Civil Veterinary Dept. Bombay admin report 1900-1906 - 1900-1906
Year: 1900
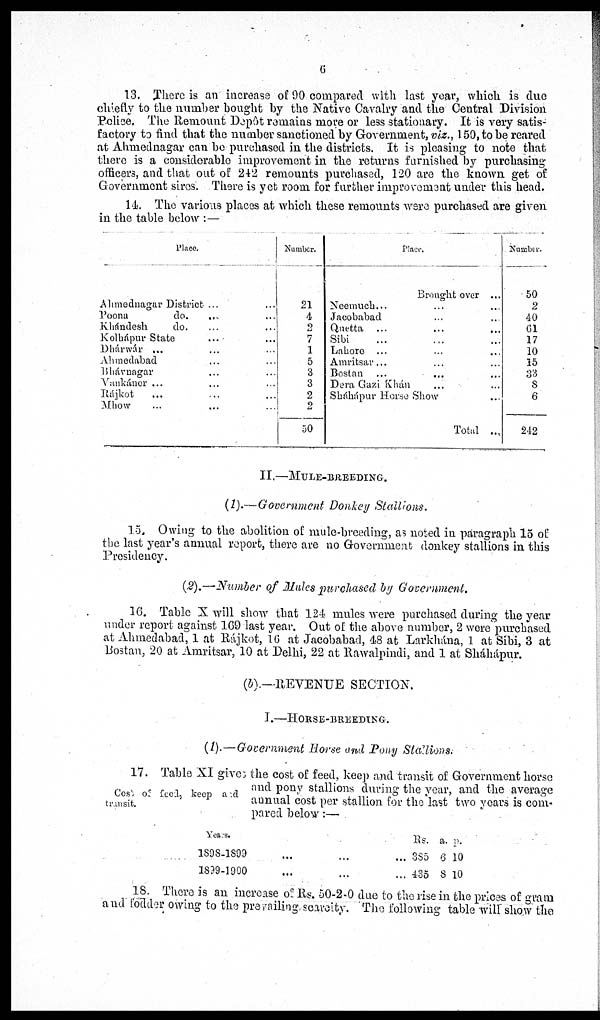
6
13. There is an increase of 90 compared with last year, which is due
chiefly to the number bought by the Native Cavalry and the Central Division
Police. The Remount Depôt remains more or less stationary. It is very satis-
factory to find that the number sanctioned by Government, viz., 150, to be reared
at Ahmednagar can be purchased in the districts. It is pleasing to note that
there is a considerable improvement in the returns furnished by purchasing
officers, and that out of 242 remounts purchased, 120 are the known get of
Government sires. There is yet room for further improvement under this head.
14. The various places at which these remounts were purchased are given
in the table below:—
Place.
Ahmednagar District ... ...
Poona
do. ... ...
Khándesh
do. ... ...
Kolhápur State ... ...
Dhárwár ... ... ...
Ahmedabad ... ...
Bhávnagar ... ...
Vankáner ... ... ...
Rájkot ... ... ...
Mhow ... ... ...
Number.
21
4
2
7
1
5
3
3
2
2
50
Place.
Brought over ...
Neemuch... ... ...
Jacobabad ... ...
Quetta ... ... ...
Sibi ... ... ...
Lahore ... ... ...
Amritsar... ... ...
Bostan ... ... ...
Dera Gazi Khán ... ...
Sháhápur Horse Show ...
Total ...
Number.
50
2
40
61
17
10
15
33
8
6
242
II.—MULE-BREEDING.
(1).—Government Donkey Stallions.
15. Owing to the abolition of mule-breeding, as noted in paragraph 15 of
the last year's annual report, there are no Government donkey stallions in this
Presidency.
(2).—Number of Mules purchased by Government.
16. Table X will show that 124 mules were purchased during the year
under report against 169 last year. Out of the above number, 2 were purchased
at Ahmedabad, 1 at Rájkot, 16 at Jacobabad, 48 at Larkhána, 1 at Sibi, 3 at
Bostan, 20 at Amritsar, 10 at Delhi, 22 at Rawalpindi, and 1 at Sháhápur.
(b).—REVENUE SECTION.
I.—HORSE-BREEDING.
(1).—Government Horse and Pony Stallions.
Cost of feed, keep and
transit.
17. Table XI gives the cost of feed, keep and transit of Government horse
and pony stallions during the year, and the average
annual cost per stallion for the last two years is com-
pared below:—
Years.
1898-1899 ... ... ...
1839-1900 ... ... ...
Rs.
385
435
a.
6
8
p.
10
10
18. There is an increase of Rs. 50-2-0 due to the rise in the prices of gram
and fodder owing to the prevailing scarcity. The following table will show the